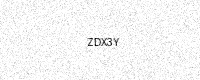
Text: ZDX3Y